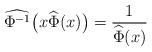
LaTeX: \begin{align*}\widehat{\Phi^{-1}}\big(x{\widehat{\Phi}}(x)\big)=\frac{1}{\widehat{\Phi}(x)}\end{align*}